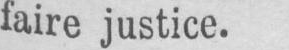
faire justice.